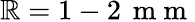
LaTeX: \mathbb{R}=1-2\, \mathrm{{~m~m~}}